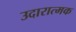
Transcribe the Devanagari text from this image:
उदारात्मक